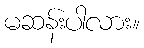
မဆန်းပါလား။